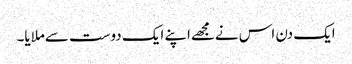
ایک دن اس نےمجھےاپنے ایک دوست سےملایا۔